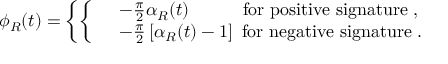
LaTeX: \phi _ { R } ( t ) = \left\{ \left\{ \begin{array} { l l } { { } } & { { - \frac { \pi } { 2 } \alpha _ { R } ( t ) \qquad \mathrm { ~ ~ ~ f o r ~ p o s i t i v e ~ s i g n a t u r e } \; , } } \\ { { } } & { { - \frac { \pi } { 2 } \left[ \alpha _ { R } ( t ) - 1 \right] \mathrm { ~ f o r ~ n e g a t i v e ~ s i g n a t u r e } \; . } } \end{array} \right. \right.